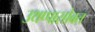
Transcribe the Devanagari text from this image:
उथप्पासोबत